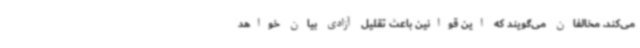
می‌کند. مخالفان می‌گویند که این قوانین باعث تقلیل آزادی بیان خواهد